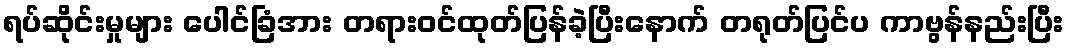
ရပ်ဆိုင်းမှုများ ပေါင်ခြံအား တရားဝင်ထုတ်ပြန်ခဲ့ပြီးနောက် တရုတ်ပြင်ပ ကာဗွန်နည်းပြီး